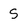
Character: S